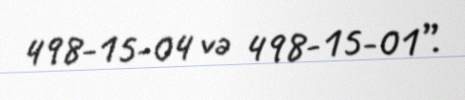
498-15-04 və 498-15-01”.